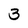
Character: 3